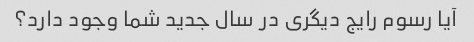
آیا رسوم رایج دیگری در سال جدید شما وجود دارد؟